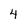
Character: 4